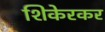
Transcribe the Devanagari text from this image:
शिकेरकर